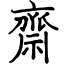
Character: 齋